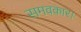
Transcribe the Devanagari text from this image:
समवकार।